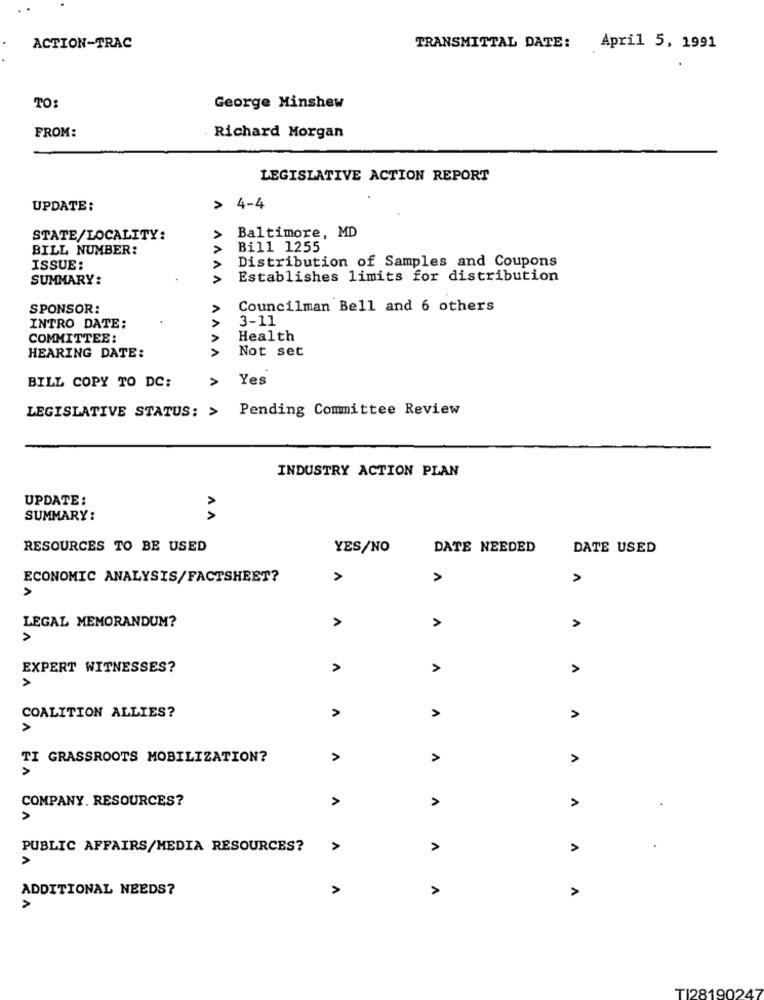
ACTION-TRAC
TRANSMITTAL DATE:
April 5, 1991
TO:
George Minshew
FROM:
Richard Morgan
LEGISLATIVE ACTION REPORT
UPDATE:
> 4-4
VVVV
STATE/LOCALITY:
Baltimore, MD
BILL NUMBER:
Bill 1255
Distribution of Samples and Coupons
ISSUE:
SUMMARY:
Establishes limits for distribution
SPONSOR:
Councilman Bell and 6 others
3-11
INTRO DATE:
COMMITTEE:
Health
AAAA
Not set
HEARING DATE:
Yes
BILL COPY TO DC:
LEGISLATIVE STATUS: > Pending Committee Review
INDUSTRY ACTION PLAN
UPDATE :
SUMMARY:
RESOURCES TO BE USED
YES/NO
DATE NEEDED
DATE USED
ECONOMIC ANALYSIS/FACTSHEET?
>
A
A
A
A
LEGAL MEMORANDUM?
A
>
EXPERT WITNESSES?
A
A
>
A
A
COALITION ALLIES?
A
A
TI GRASSROOTS MOBILIZATION?
A
A
>
A
COMPANY. RESOURCES?
>
>
A
PUBLIC AFFAIRS/MEDIA RESOURCES?
A
ADDITIONAL NEEDS?
>
A
A
>
TI28190247